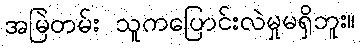
အမြဲတမ်း သူကပြောင်းလဲမှုမရှိဘူး။